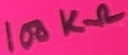
Text: 100KΩ